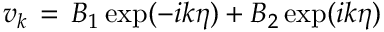
v _ { k } \, = \, B _ { 1 } \exp ( - i k \eta ) + B _ { 2 } \exp ( i k \eta )